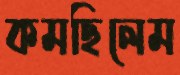
কমছিলেম